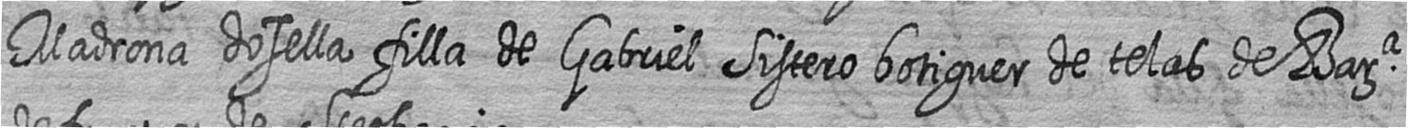
Madrona dosella filla de Gabriel Sistero botiguer de telas de Bara